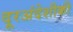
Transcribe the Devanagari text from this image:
दूरअंदेशीकी